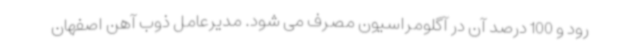
رود و 100 درصد آن در آگلومراسیون مصرف می شود. مدیرعامل ذوب آهن اصفهان